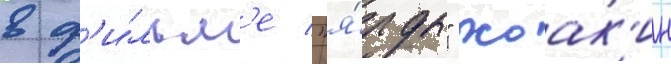
в ф'и́льм'е "я́рды" хоак'ин